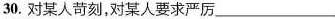
30.对某人苛刻，对某人要求严厉___